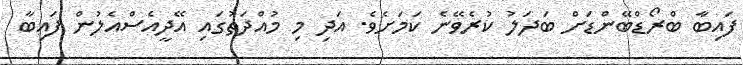
ފައިބާ ބްރޯޑްބޭންޑަށް ބަދަލު ކުރެވޭނެ ކަމަށެވެ. އަދި މި މުއްދަތުގައި އޭދީއެސްއެލުން ފައިބާ